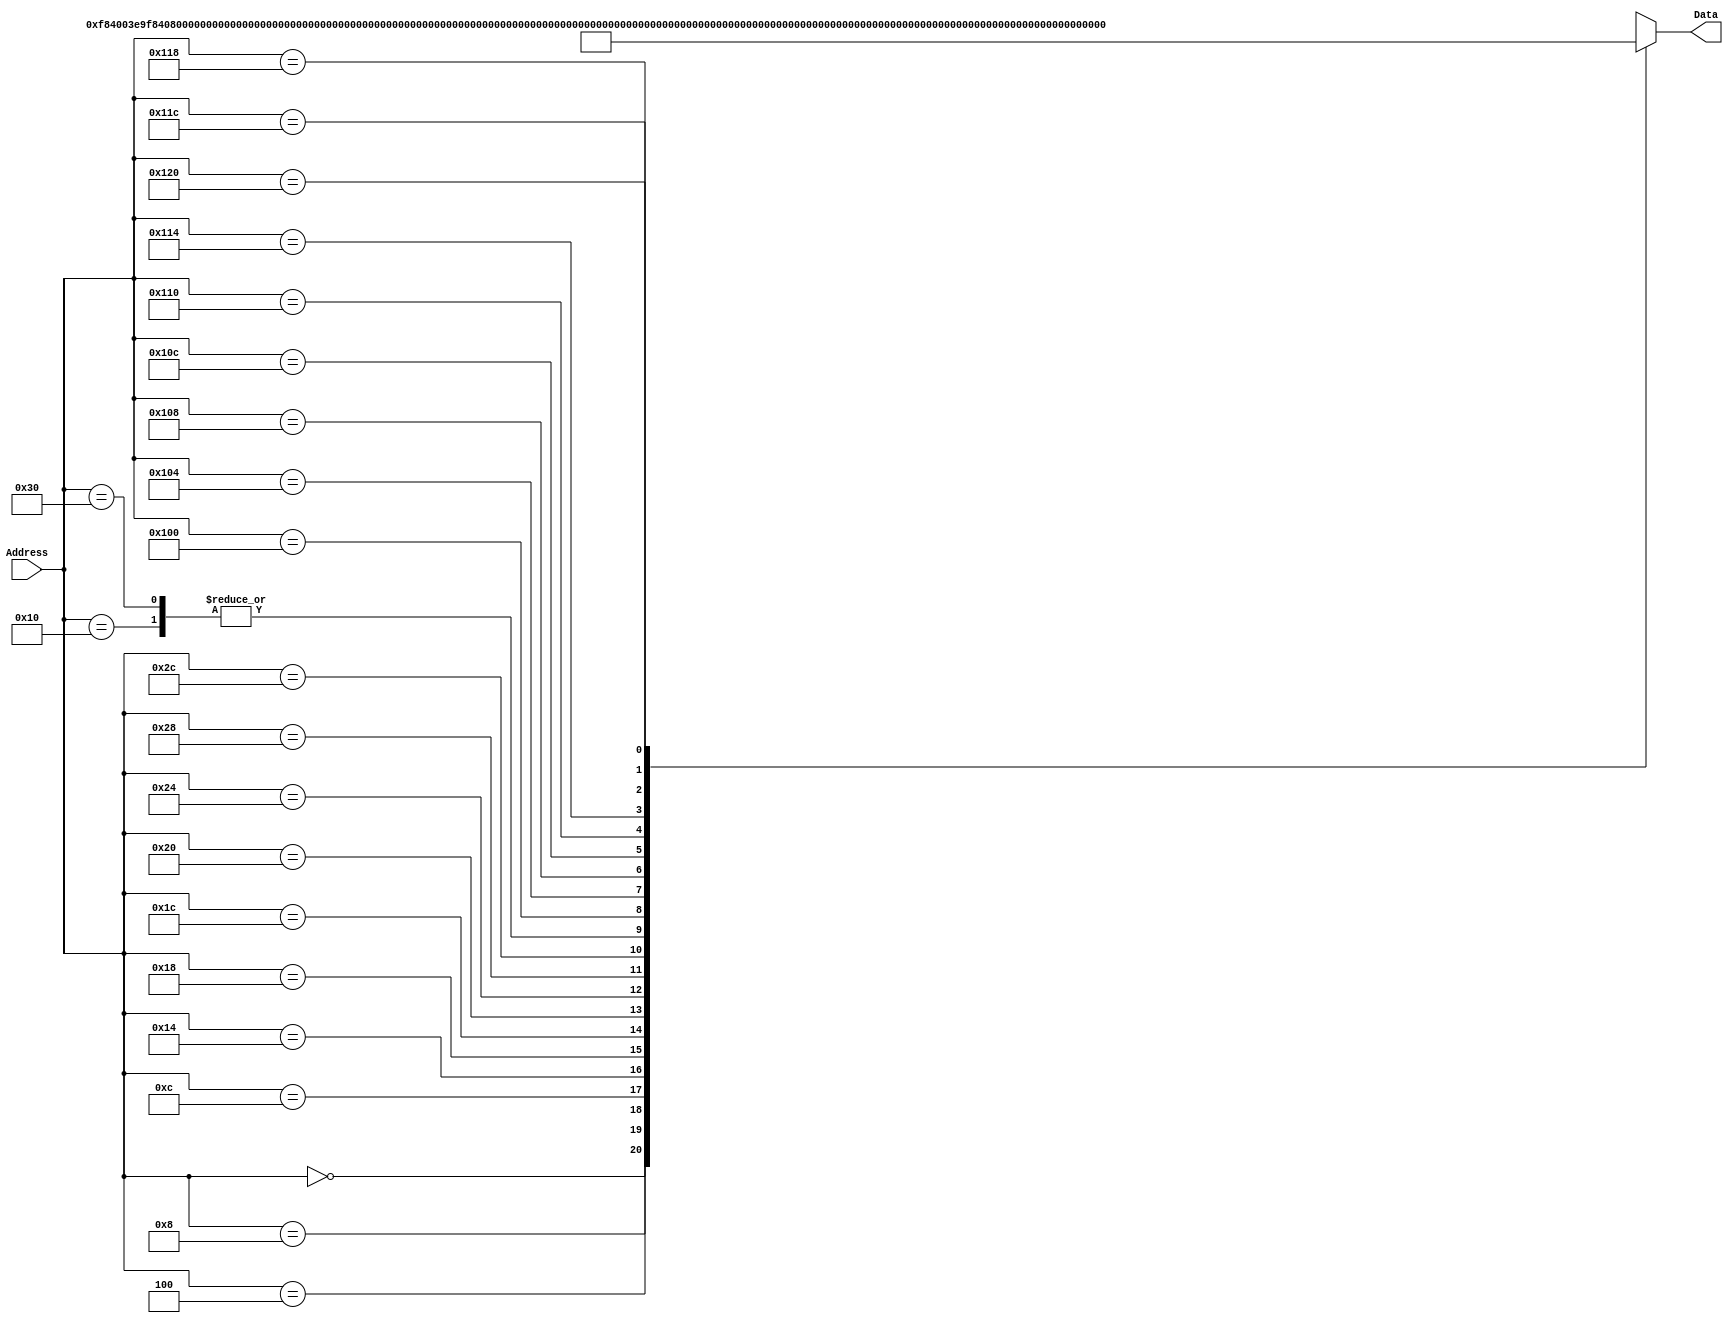
`timescale 1ns / 1ps
/*
 * Module: InstructionMemory
 *
 * Implements read-only instruction memory
 * 
 */
module InstructionMemory(Data, Address);
   parameter T_rd = 20;
   parameter MemSize = 40;
   
   output [31:0] Data;
   input [63:0]  Address;
   reg [31:0] 	 Data;
   
   /*
    * ECEN 350 Processor Test Functions
    * Texas A&M University
    */
   
   always @ (Address) begin

      case(Address)

	/* Test Program 1:
	 * Program loads constants from the data memory. Uses these constants to test
	 * the following instructions: LDUR, ORR, AND, CBZ, ADD, SUB, STUR and B.
	 * 
	 * Assembly code for test:
	 * 
	 * 0: LDUR X9, [XZR, 0x0]    //Load 1 into x9
	 * 4: LDUR X10, [XZR, 0x8]   //Load a into x10
	 * 8: LDUR X11, [XZR, 0x10]  //Load 5 into x11
	 * C: LDUR X12, [XZR, 0x18]  //Load big constant into x12
	 * 10: LDUR X13, [XZR, 0x20]  //load a 0 into X13
	 * 
	 * 14: ORR X10, X10, X11  //Create mask of 0xf
	 * 18: AND X12, X12, X10  //Mask off low order bits of big constant
	 * 
	 * loop:
	 * 1C: CBZ X12, end  //while X12 is not 0
	 * 20: ADD X13, X13, X9  //Increment counter in X13
	 * 24: SUB X12, X12, X9  //Decrement remainder of big constant in X12
	 * 28: B loop  //Repeat till X12 is 0
	 * 2C: STUR X13, [XZR, 0x20]  //store back the counter value into the memory location 0x20
	 */
	

	63'h000: Data = 32'hF84003E9;
	63'h004: Data = 32'hF84083EA;
	63'h008: Data = 32'hF84103EB;
	63'h00c: Data = 32'hF84183EC;
	63'h010: Data = 32'hF84203ED;
	63'h014: Data = 32'hAA0B014A;
	63'h018: Data = 32'h8A0A018C;
	63'h01c: Data = 32'hB400008C;
	63'h020: Data = 32'h8B0901AD;
	63'h024: Data = 32'hCB09018C;
	63'h028: Data = 32'h17FFFFFD;
	63'h02c: Data = 32'hF80203ED;
	63'h030: Data = 32'hF84203ED;  //One last load to place stored value on memdbus for test checking.

	/* Add code for your tests here */

	63'h0100:	Data = 32'hd2e24689;		// MOVZ    X9, 0x1234, lsl #48
	63'h0104:	Data = 32'hd2cacf0a;		// MOVZ    X10, 0x5678, lsl #32
	63'h0108:	Data = 32'hd2b3578b;		// MOVZ    X11, 0x9abc, lsl #16
	63'h010c:	Data = 32'hd29bde0c;		// MOVZ    X12, 0xdef0, lsl #0
	63'h0110:	Data = 32'h8b0c016d;		// ADD     X13, X11, X12
	63'h0114:	Data = 32'h8b0a012e;		// ADD     X14, X9, X10
	63'h0118:	Data = 32'h8b0e01a9;		// ADD     X9, X13, X14
	63'h011c:	Data = 32'hf80283e9;		// STUR    X9, [X31, 0x28]
	63'h0120:	Data = 32'hf84283ea;		// LDUR    X10, [X31, 0x28]


	
	default: Data = 32'hXXXXXXXX;
      endcase
   end
endmodule